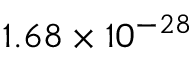
1 . 6 8 \times 1 0 ^ { - 2 8 }